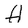
Character: H